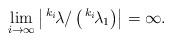
LaTeX: \begin{align*}\lim\limits_{i\to\infty} \left| \,^{k_i}\!\lambda/\left( \,^{k_i}\!\lambda_1\right)\right|=\infty.\end{align*}